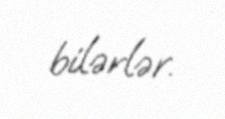
bilərlər.